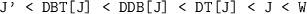
LaTeX: \begin{align*}\mbox{{\tt J' < DBT[J] < DDB[J] < DT[J] < J < W}} \end{align*}